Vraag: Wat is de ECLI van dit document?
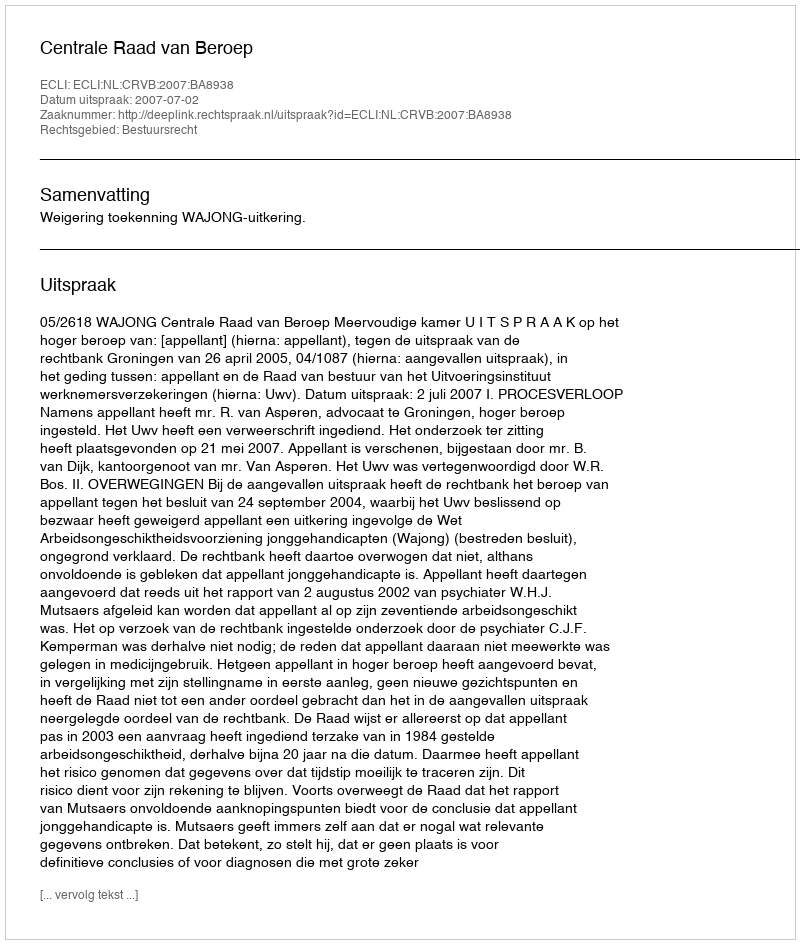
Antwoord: ECLI:NL:CRVB:2007:BA8938